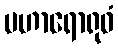
မဟာရောရုဝံ